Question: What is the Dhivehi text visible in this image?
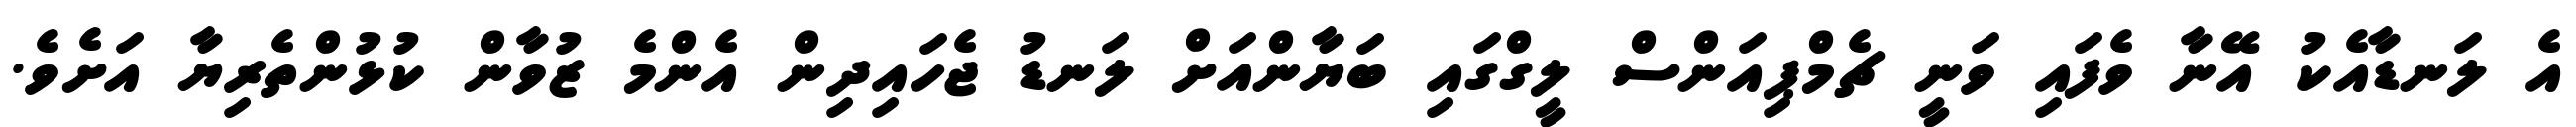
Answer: އެ ލަނޑާއެކު އޭނާ ވެފައި ވަނީ ޗެމްޕިއަންސް ލީގްގައި ބަޔާންއަށް ލަނޑު ޖެހައިދިން އެންމެ ޒުވާން ކުޅުންތެރިޔާ އަށެވެ.